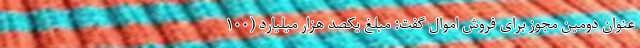
عنوان دومین مجوز برای فروش اموال گفت: مبلغ یکصد هزار میلیارد (۱۰۰